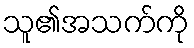
သူ၏အသက်ကို